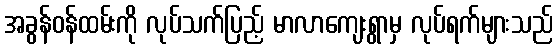
အခွန်ဝန်ထမ်းကို လုပ်သက်ပြည့် မာလာကျေးရွာမှ လုပ်ရက်များသည်